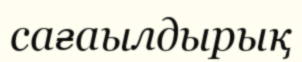
сағаылдырық